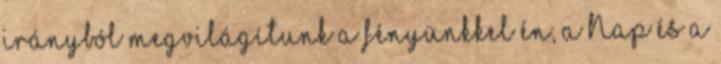
irányból megvilágítunk a fényünkkel én, a Nap és a